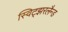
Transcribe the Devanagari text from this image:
स्विट्झरलैन्ड